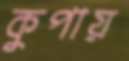
কুপায়